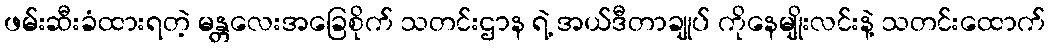
ဖမ်းဆီးခံထားရတဲ့ မန္တလေးအခြေစိုက် သတင်းဌာန ရဲ့ အယ်ဒီတာချုပ် ကိုနေမျိုးလင်းနဲ့ သတင်းထောက်